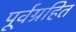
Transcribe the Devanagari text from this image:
पूर्वग्रहित